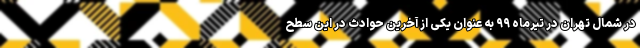
در شمال تهران در تیرماه ۹۹ به عنوان یکی از آخرین حوادث در این سطح